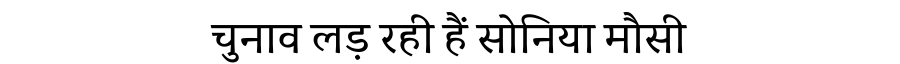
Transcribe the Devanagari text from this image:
चुनाव लड़ रही हैं सोनिया मौसी